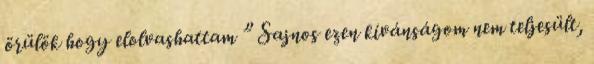
örülök hogy elolvashattam ” Sajnos ezen kívánságom nem teljesült,